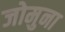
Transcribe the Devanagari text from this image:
जोमुना